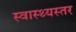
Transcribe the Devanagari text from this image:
स्वास्थ्यस्तर